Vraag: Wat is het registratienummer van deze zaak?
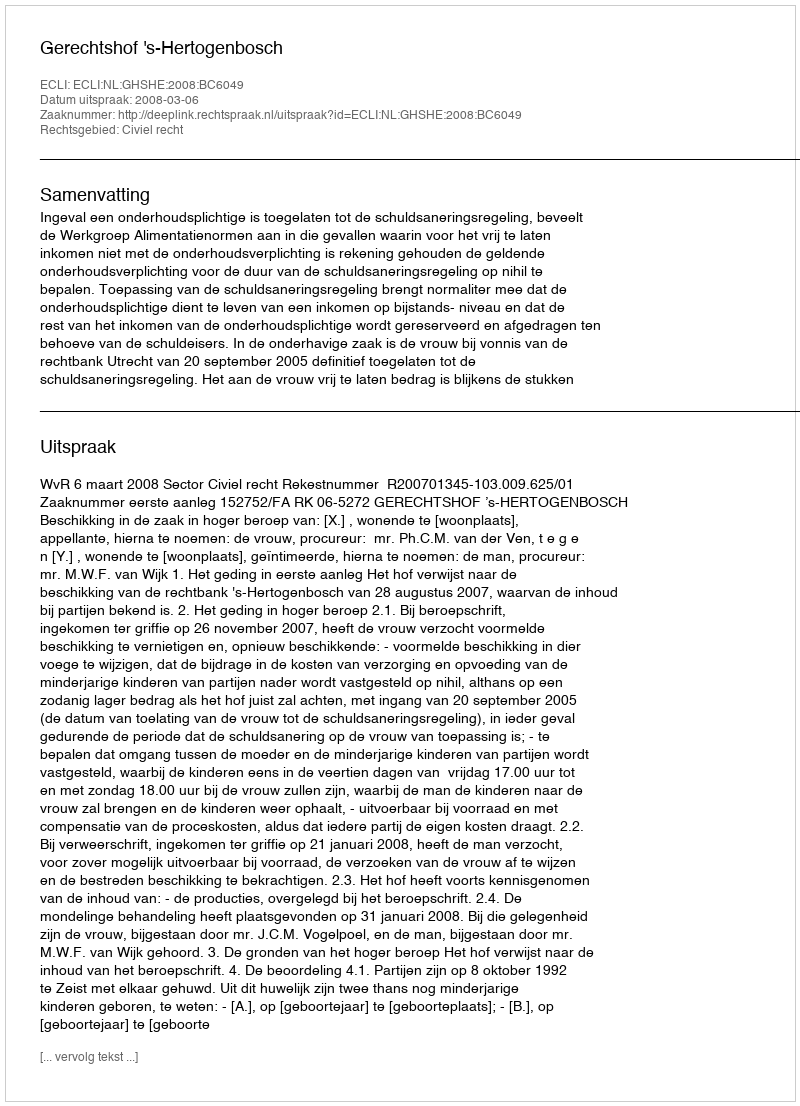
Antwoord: http://deeplink.rechtspraak.nl/uitspraak?id=ECLI:NL:GHSHE:2008:BC6049